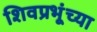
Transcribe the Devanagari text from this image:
शिवप्रभूंच्या